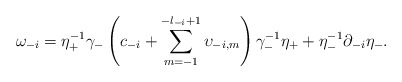
\begin{align*}\omega_{-i} = \eta_+^{-1} \gamma_- \left(c_{-i} + \sum_{m =-1}^{-l_{-i}+ 1} \upsilon_{-i, m} \right) \gamma_-^{-1} \eta_+ + \eta_-^{-1}\partial_{-i} \eta_-. \end{align*}